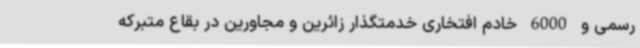
رسمی و 6000 خادم افتخاری خدمتگذار زائرین و مجاورین در بقاع متبرکه